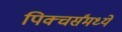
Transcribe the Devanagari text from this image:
पिक्चर्संमध्ये